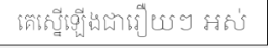
គេស្នើឡើងជារឿយៗ អស់